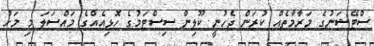
ސްޓޭޝަނުގެ މަރާމާތެއް ކުރަން ޖެހުނީ ކޫލިން ސިސްޓަމުގެ ހޮޅިއެއްގެ މައްސަލަ މި މަހު